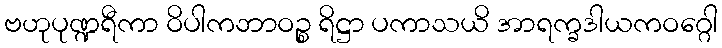
ဗဟုပုဏ္ဍရီကာ ဝိပါကဘာဝဉ္စ ရိဋ္ဌာ ပကာသယိ အာရက္ခဒါယကဝဂ္ဂေါ